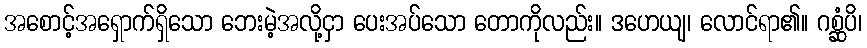
အစောင့်အရှောက်ရှိသော ဘေးမဲ့အလို့ငှာ ပေးအပ်သော တောကိုလည်း။ ဒဟေယျ၊ လောင်ရာ၏။ ဂစ္ဆံပိ၊